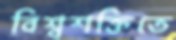
বিশ্বশক্তিতে